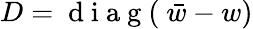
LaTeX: D=\mathrm{~d~i~a~g~(~}\bar{w}-w)